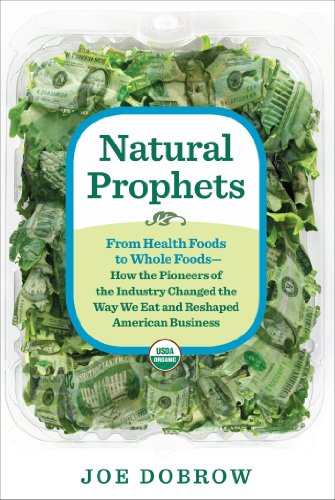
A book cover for Natural Prophets: From Health Foods to Whole Foods--How the Pioneers of the Industry Changed the Way We Eat and Reshaped American Business; Joe Dobrow; Cookbooks, Food & Wine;